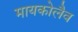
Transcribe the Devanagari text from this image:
मायकोलैव